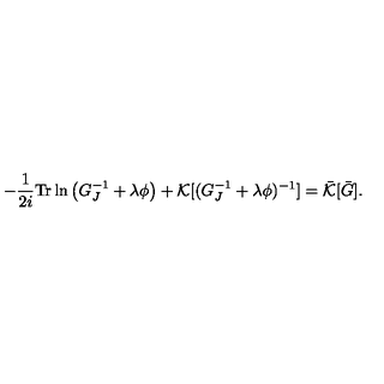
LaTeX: - \frac { 1 } { 2 i } \mathrm { T r } \ln \left( G _ { J } ^ { - 1 } + \lambda \phi \right) + { \cal K } [ ( G _ { J } ^ { - 1 } + \lambda \phi ) ^ { - 1 } ] = \bar { \cal K } [ \bar { G } ] .